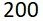
200